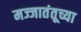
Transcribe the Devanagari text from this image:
मज्जातंतूच्या